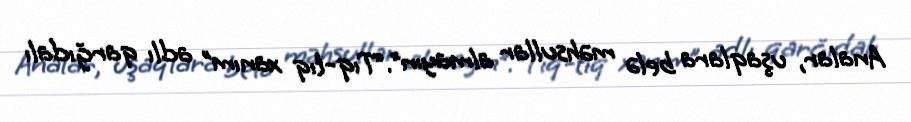
Analar, uşaqlara belə məhsullar almayın”.“Tıq-tıq xanım” adlı qarğıdalı